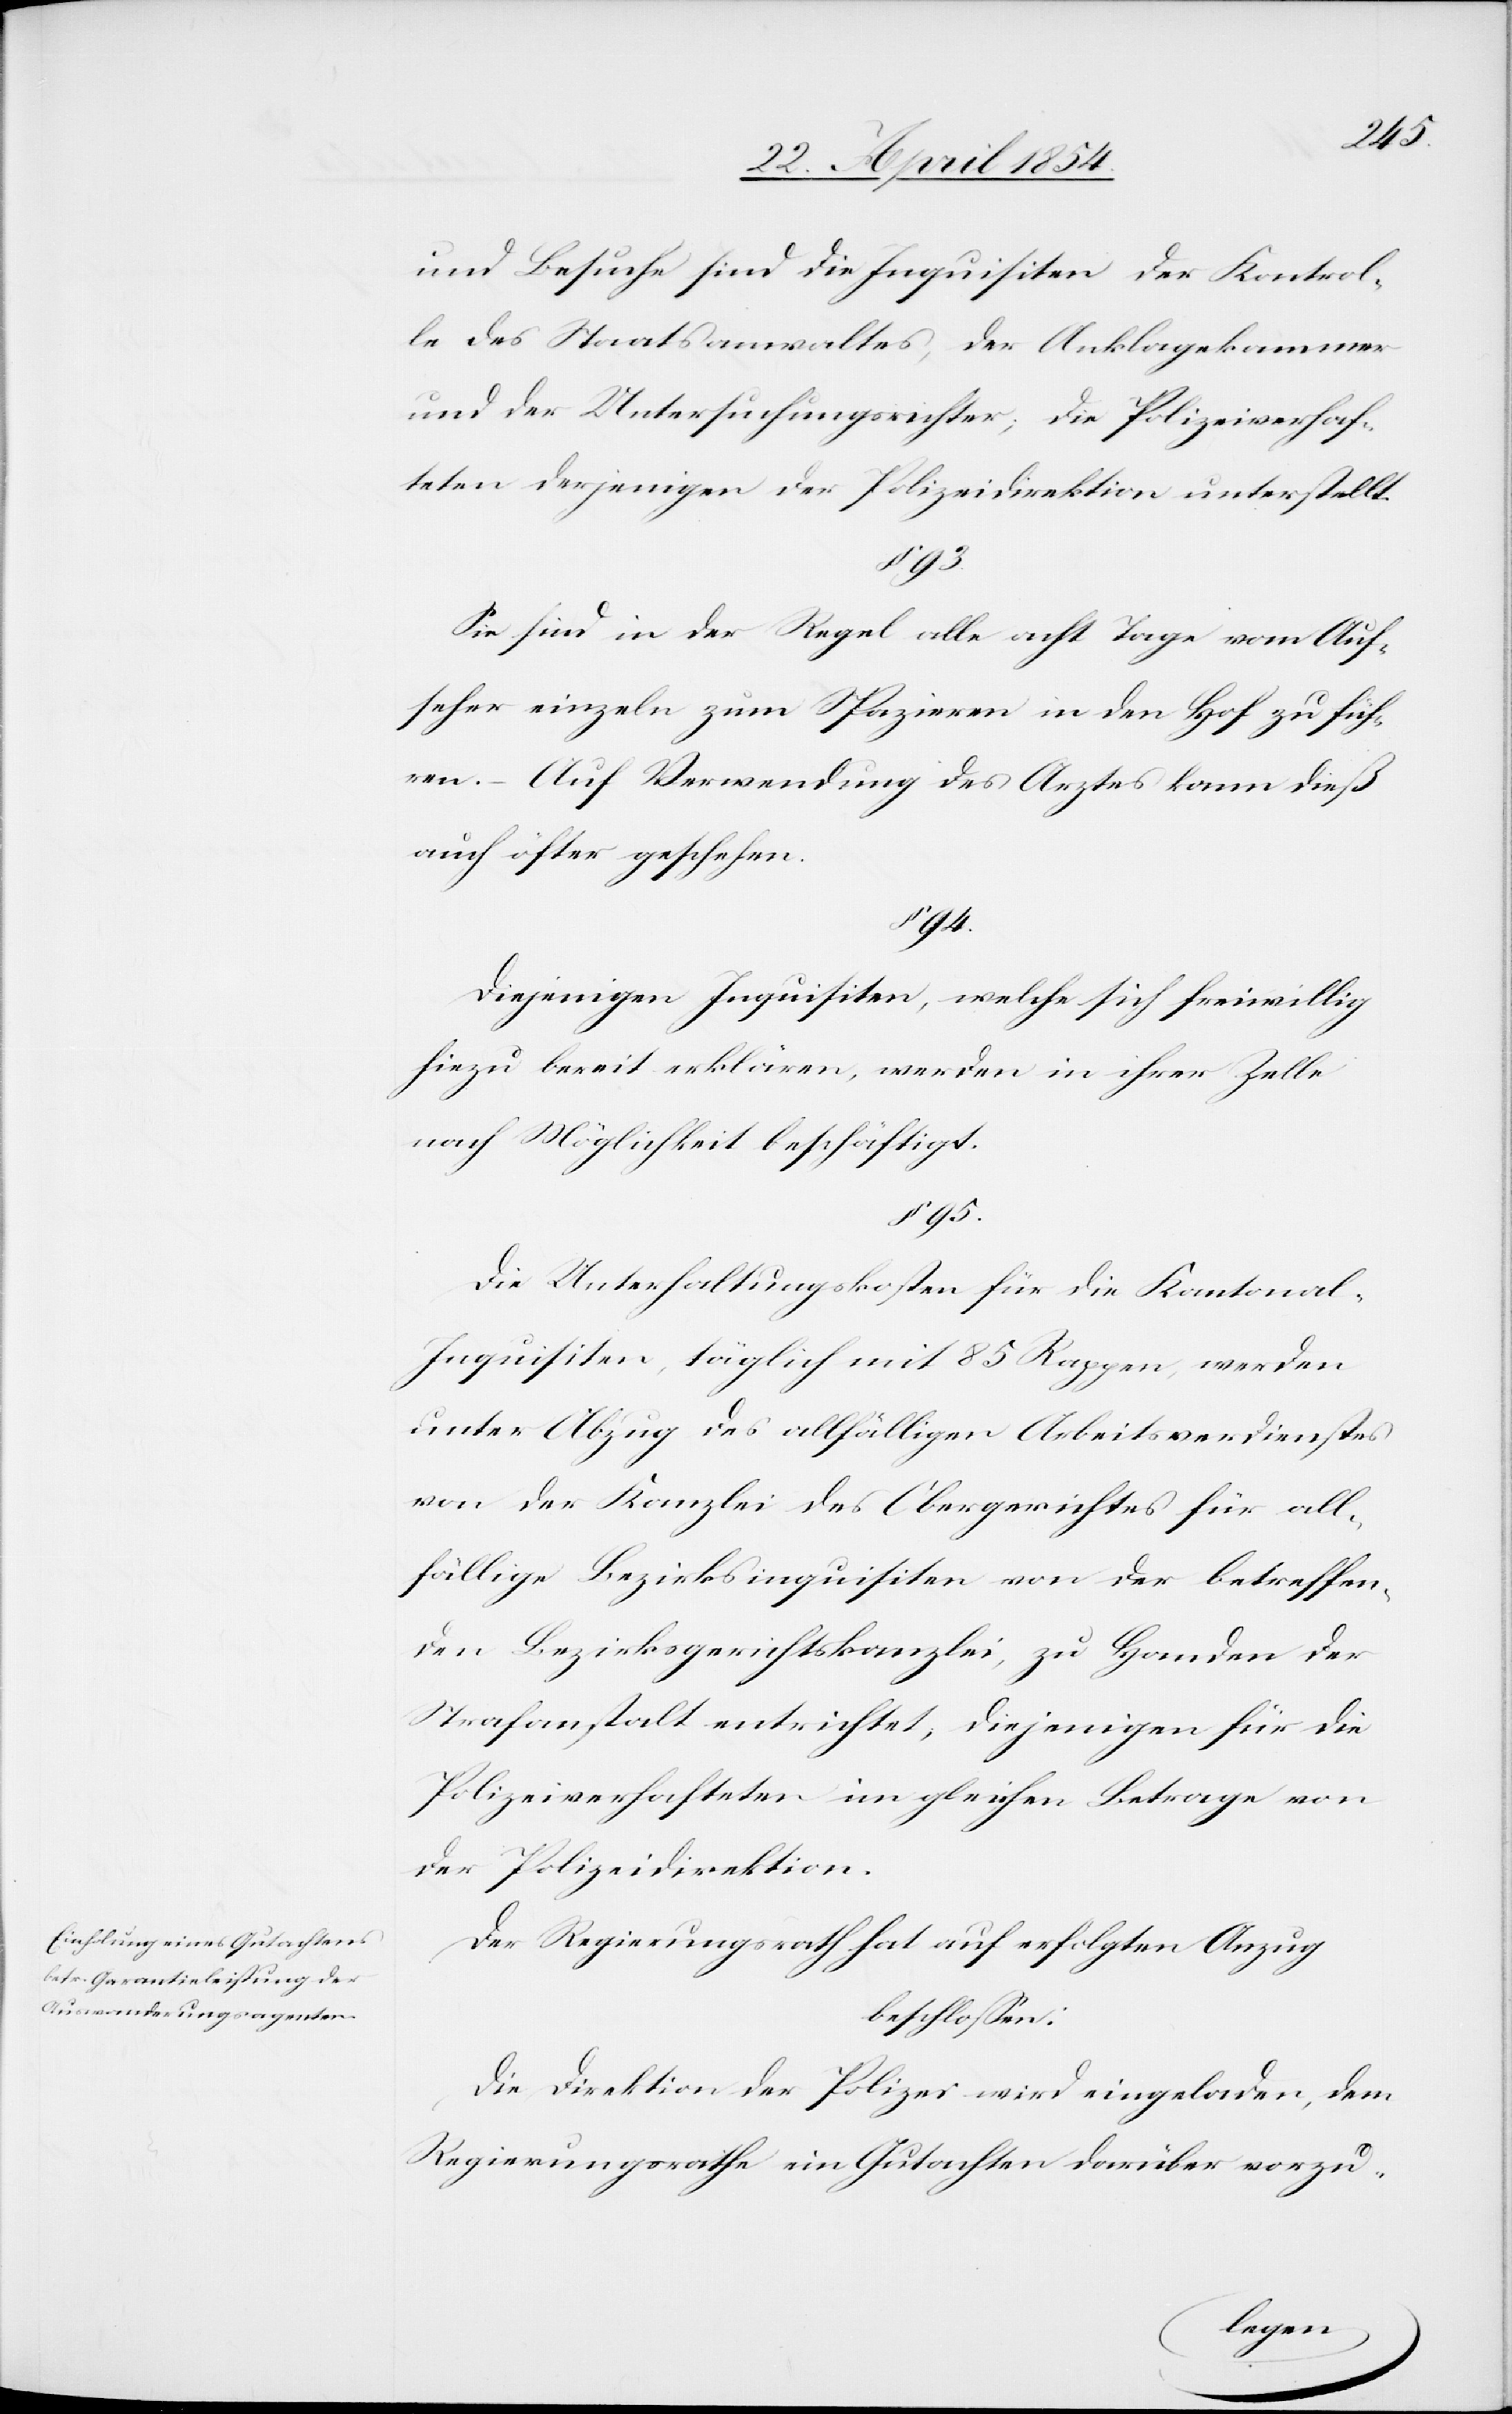
und Besuche sind die Inquisiten der Kontrol¬
e des Staatsanwaltes, der Anklagekammer
und der Untersuchungsrichter; die Polizeiverhaf¬
teten derjenigen der Polizeidirektion unterstellt.
Sie sind in der Regel alle acht Tage vom Auf¬
seher einzeln zum Spazieren in den Hof zu füh¬
ren. – Auf Verwendung des Arztes kann dieß
auch öfter geschehen.
94.
Diejenigen Inquisiten, welche sich freiwillig
hiezu bereit erklären, werden in ihrer Zelle
nach Möglichkeit beschäftigt.
§ 95.
Die Unterhaltungskoten für die Kantonal-I¬
nquisiten, täglich mit 85 Rappen, werden
unter Abzug des allfälligen Arbeitsverdienstes
von der Kanzlei des Obergerichtes für all¬
fällige Bezirksinquisiten von der betreffen¬
den Bezirksgerichtskanzlei, zu Handen der
Strafanstalt entrichtet; diejenigen für die
Polizeiverhafteten im gleichen Betrage von
der Polizeidirektion.
Der Regierungsrath hat auf erfolgten Anzug
beschloßen:
Die Direktion der Polizei wird eingeladen, dem
Regierungsrathe ein Gutachten darüber vorzu-